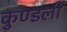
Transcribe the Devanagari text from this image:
कुण्डलीं